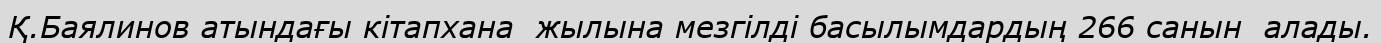
Қ.Баялинов атындағы кітапхана  жылына мезгілді басылымдардың 266 санын  алады.